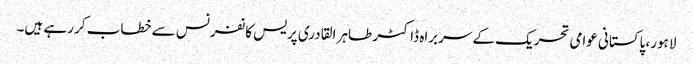
لاہور، پاکستانی عوامی تحریک کے سربراہ ڈاکٹر طاہر القادری پریس کانفرنس سے خطاب کر رہے ہیں۔